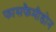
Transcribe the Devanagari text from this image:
फासफैमीडोन